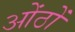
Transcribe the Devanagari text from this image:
ओंठों